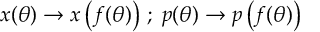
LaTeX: x ( \theta ) \rightarrow x \left( f ( \theta ) \right) \, ; \; p ( \theta ) \rightarrow p \left( f ( \theta ) \right)